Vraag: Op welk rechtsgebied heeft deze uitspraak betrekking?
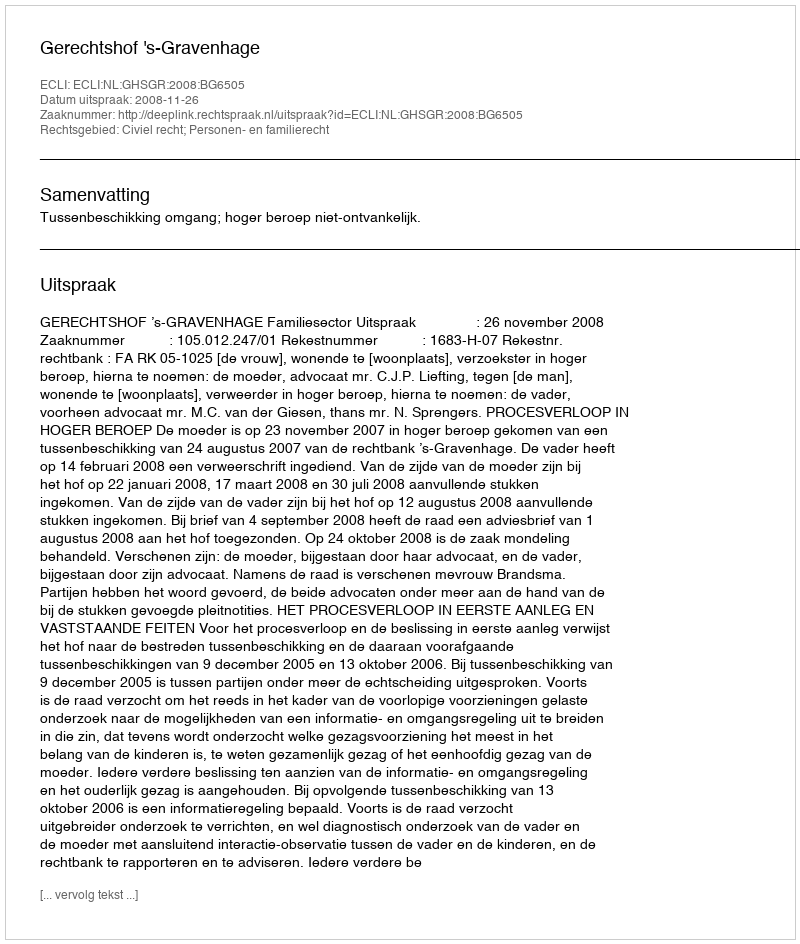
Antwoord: Civiel recht; Personen- en familierecht